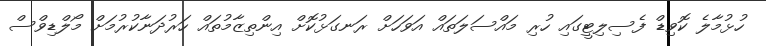
ހުޅުމާލެ ކޮވިޑް ފެސިލިޓީގައި ހުރި މައްސަލަތައް އަވަހަށް ރަނގަޅުކޮށް އިންތިޒާމުތައް ހަރުދަނާކުރުމަށް މޯލްޑިވްސް